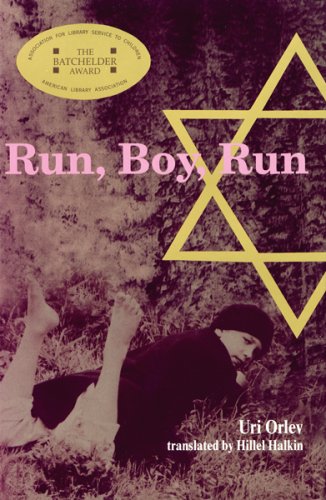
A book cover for Run, Boy, Run; Uri Orlev; Teen & Young Adult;